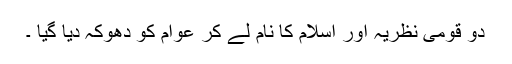
دو قومی نظریہ اور اسلام کا نام لے کر عوام کو دھوکہ دیا گیا ۔